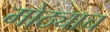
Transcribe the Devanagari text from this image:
मोठ्याच